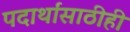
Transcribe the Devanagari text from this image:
पदार्थांसाठीही